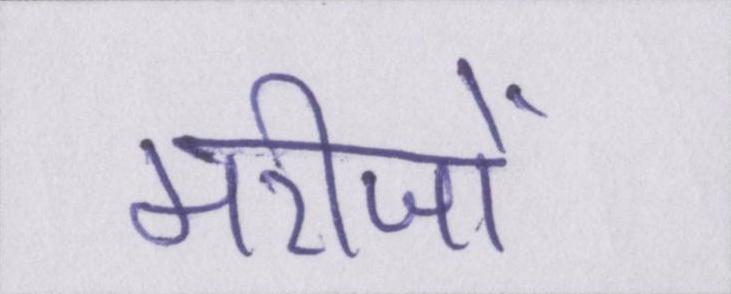
मरीजों